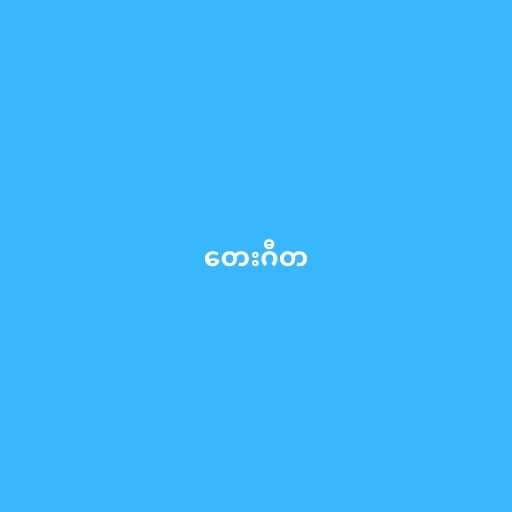
တေးဂီတ